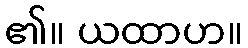
၏။ ယထာဟ။